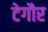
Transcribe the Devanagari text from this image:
टेगौर